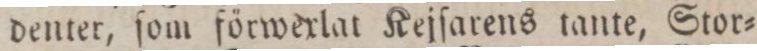
denter, ſom förwexlat Kejſarens tante, Stor=